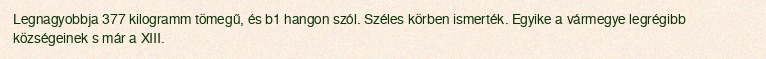
Legnagyobbja 377 kilogramm tömegű, és b1 hangon szól. Széles körben ismerték. Egyike a vármegye legrégibb községeinek s már a XIII.